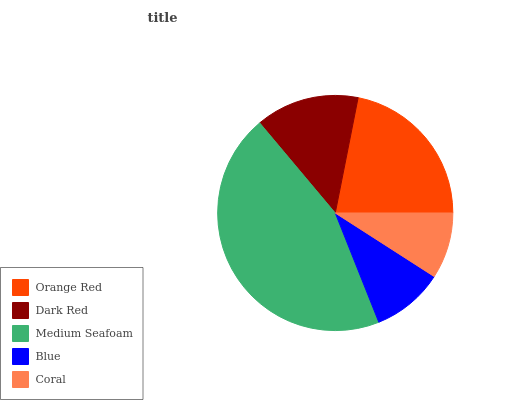
| Orange Red | Dark Red | Medium Seafoam | Blue | Coral |
 | --- | --- | --- | --- | --- |
 | 22% | 14.2% | 44.9% | 9.88% | 9.08% |